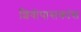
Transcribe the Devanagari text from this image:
शिवोपासकांस